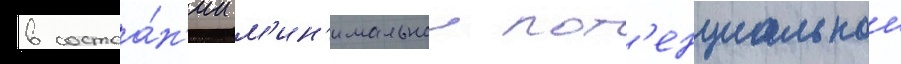
в состоа́н'ии м'ин'имальнои пот'енциальнои